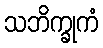
သဘိက္ခုကံ